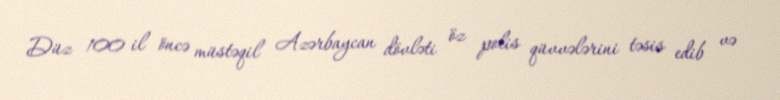
Düz 100 il öncə müstəqil Azərbaycan dövləti öz polis qüvvələrini təsis edib və